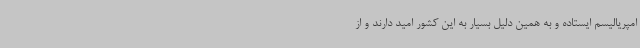
امپریالیسم ایستاده و به همین دلیل بسیار به این کشور امید دارند و از